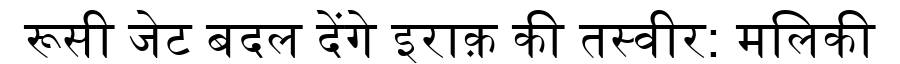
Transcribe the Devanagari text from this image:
रूसी जेट बदल देंगे इराक़ की तस्वीर: मलिकी